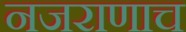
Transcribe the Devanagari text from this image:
नजराणाच